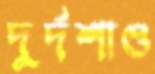
দুর্দশাও